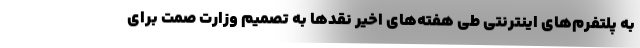
به پلتفرم‌های اینترنتی طی هفته‌های اخیر نقدها به تصمیم وزارت صمت برای